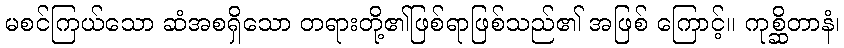
မစင်ကြယ်သော ဆံအစရှိသော တရားတို့၏ဖြစ်ရာဖြစ်သည်၏ အဖြစ် ကြောင့်။ ကုစ္ဆိတာနံ၊